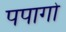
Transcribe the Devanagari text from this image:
पपागो